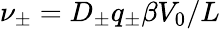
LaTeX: \nu_{\pm}=D_{\pm}q_{\pm}\beta V_{0}/L